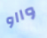
وااو